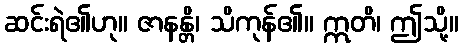
ဆင်းရဲ၏ဟု။ ဇာနန္တိ၊ သိကုန်၏။ ဣတိ၊ ဤသို့။